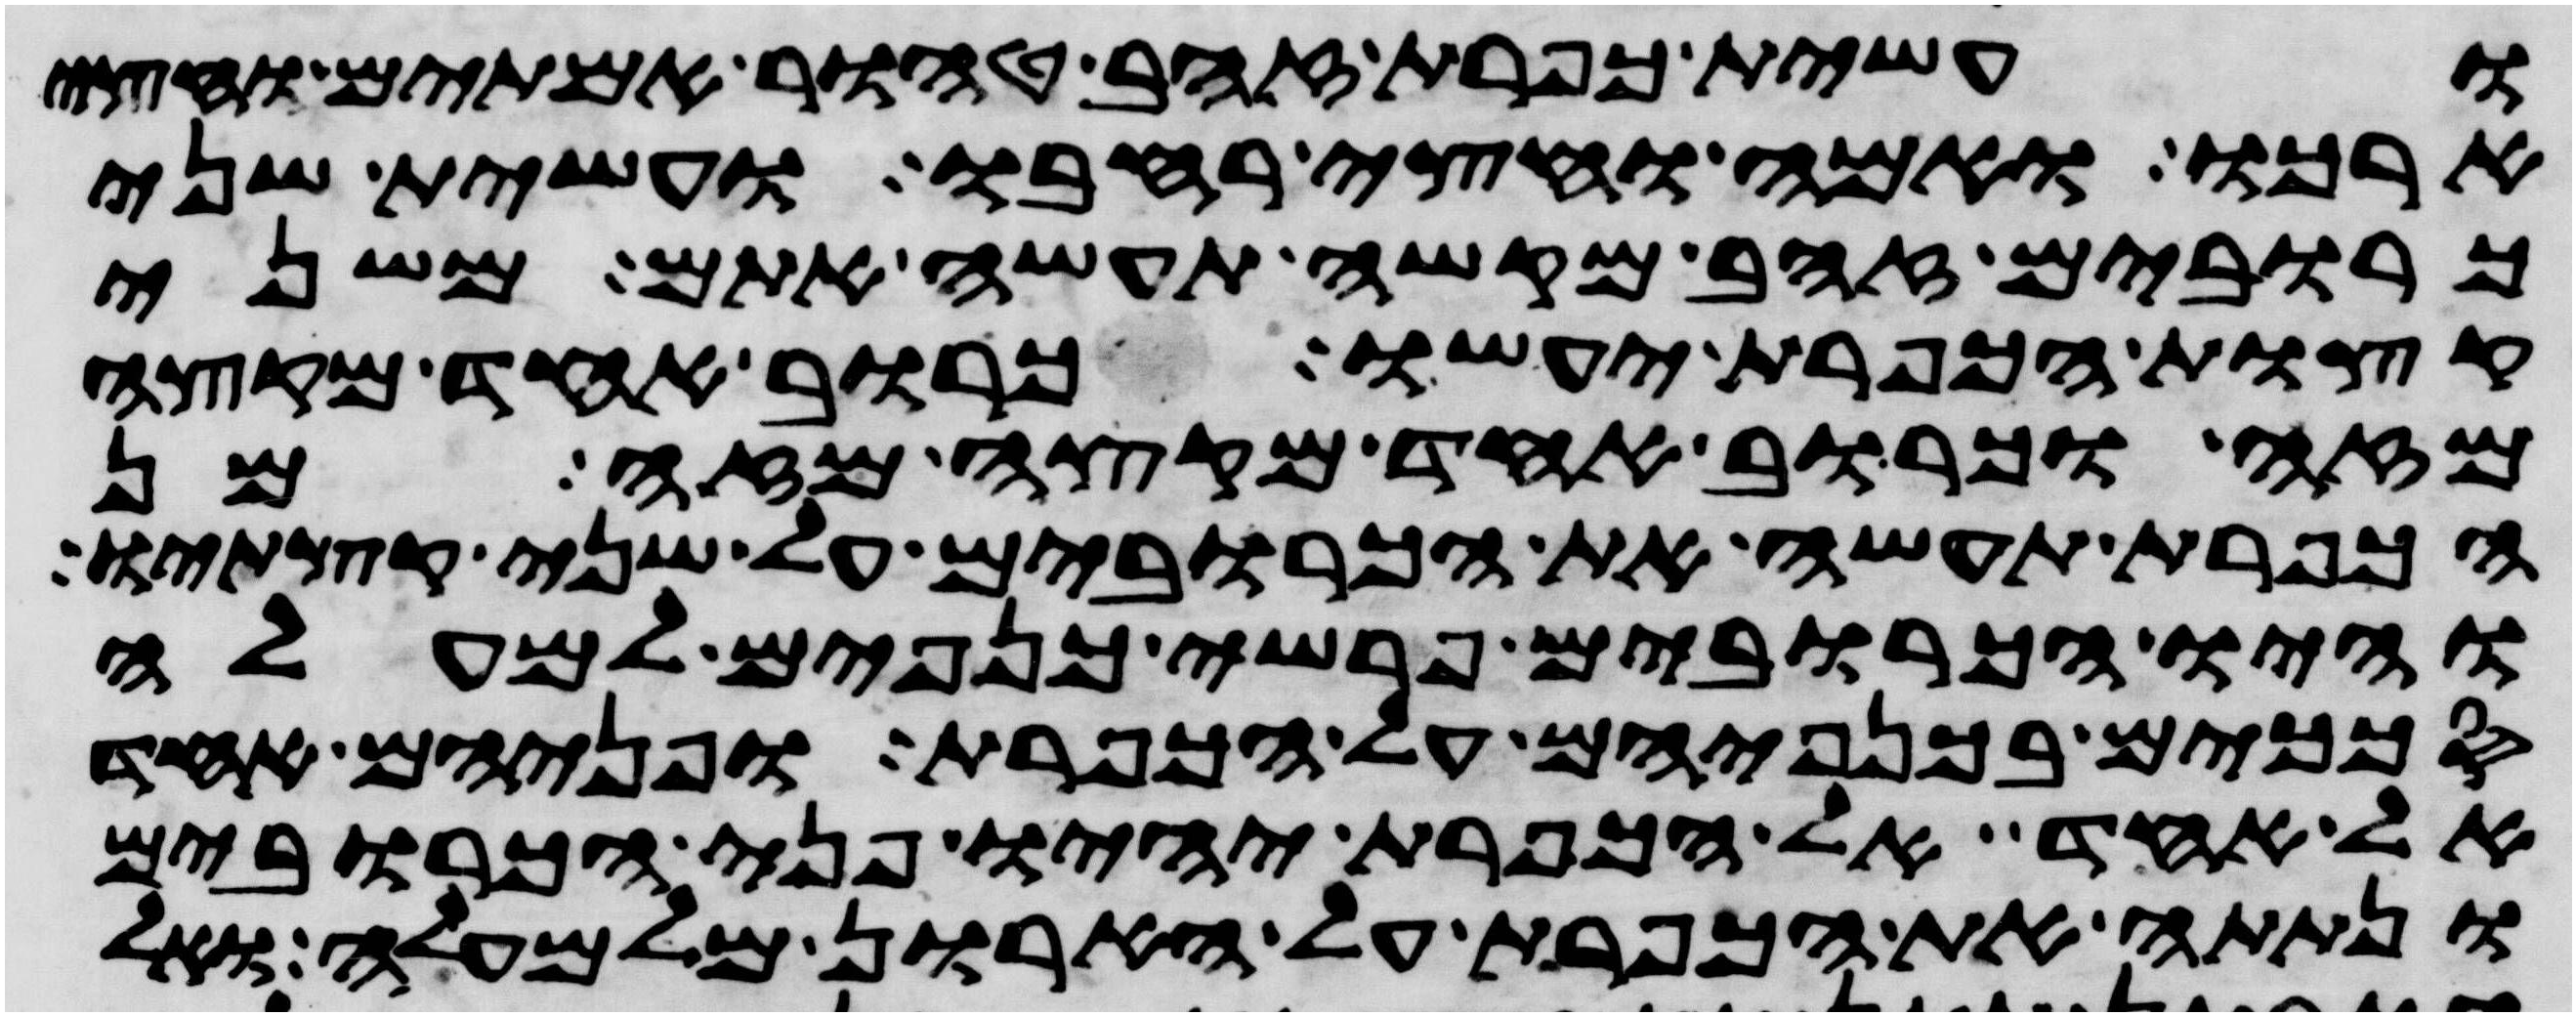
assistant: ועשית כפרת זהב טהור אמתים וחצי
ארכו ואמה וחצי רחבו ועשית שני
כרובים זהב מקשה תעשה אתם משני
קצות הכפרת יעשו כרוב אחד מקצה
מזה וכרוב אחד מקצה מזה מן
הכפרת תעשה את הכרובים על שני קצתיו
והיו הכרובים פרשי כנפים למעלה
סככים בכנפיהם על הכפרת ופניהם אחד
אל אחד אל הכפרת יהיו פני הכרובים
ונתתה את הכפרת על הארון מלמעלה ואל